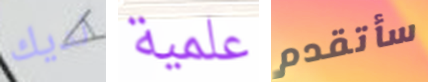
لديك علمية سأتقدم